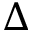
\Delta